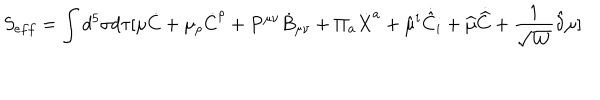
S _ { e f f } = \int { d ^ { 5 } \sigma d \tau [ \mu \dot { C } + \mu _ { \rho } \dot { C } ^ { \rho } + P ^ { \mu \nu } \dot { B } _ { \mu \nu } + \Pi _ { a } \dot { X } ^ { a } + \hat { \mu } ^ { i } \dot { \hat { C } } _ { i } + \widehat { \mu } \dot { \widehat { C } } + \frac { 1 } { \sqrt { W } } \hat { \delta } \mu ] }